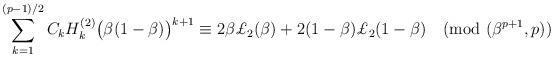
LaTeX: \begin{align*}\sum_{k=1}^{(p-1)/2}C_kH_k^{(2)}\bigl(\beta(1-\beta)\bigr)^{k+1}\equiv2\beta\pounds_2(\beta)+2(1-\beta)\pounds_2(1-\beta)\pmod{(\beta^{p+1},p)}\end{align*}